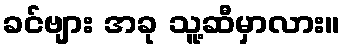
ခင်ဗျား အခု သူ့ဆီမှာလား။